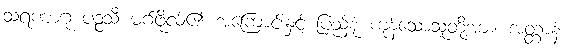
သရဏာဂုံ ပဉ္စသီ မဂ်ဖိုလ်၏ အကြောင်းနှင့် ပြည့်စုံ ကုန်သောသူတို့အား။ အတ္တာနံ၊